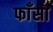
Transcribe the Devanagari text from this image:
फाँसा